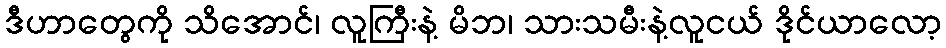
ဒီဟာတွေကို သိအောင်၊ လူကြီးနဲ့ မိဘ၊ သားသမီးနဲ့လူငယ် ဒိုင်ယာလော့